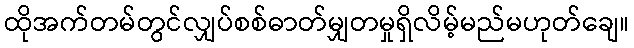
ထိုအက်တမ်တွင်လျှပ်စစ်ဓာတ်မျှတမှုရှိလိမ့်မည်မဟုတ်ချေ။